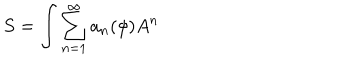
S = \int \sum _ { n = 1 } ^ { \infty } a _ { n } ( \phi ) A ^ { n }